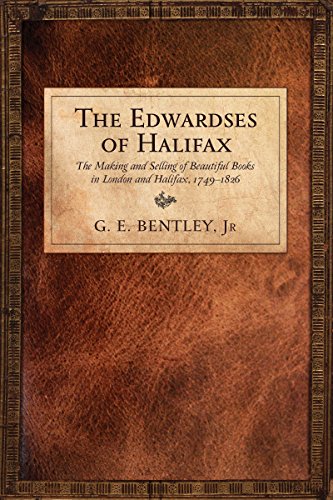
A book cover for The Edwardses of Halifax: The Making and Selling of Beautiful Books in London and Halifax, 1749-1826; G.E. Bentley  Jr; Biographies & Memoirs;